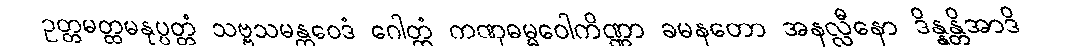
ဥတ္တမတ္ထမနုပ္ပတ္တံ သဗ္ဗသမန္တဝေဒံ ဂေါတ္တံ ကဏှဓမ္မဝေါကိဏ္ဏာ ခမနတော အနလ္လီနော ဒိန္နန္တိအာဒိ